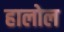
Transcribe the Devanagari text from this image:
हालोल